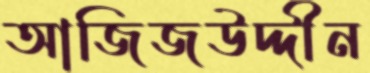
আজিজউদ্দীন